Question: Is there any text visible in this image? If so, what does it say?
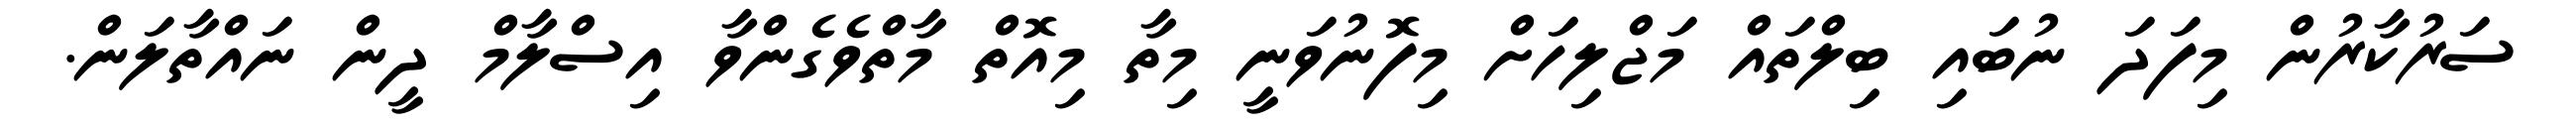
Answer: ސަރުކާރުން މިފަދަ ނުބައި ބިލްތައް މަޖްލިހަށް މިފޮނުވަނީ މިތާ މިއޮތް މާތްވެގެންވާ އިސްލާމް ދީން ނައްތާލަން.